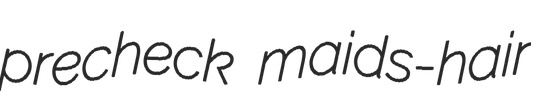
precheck maids-hair